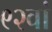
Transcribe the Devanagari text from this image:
९२वां